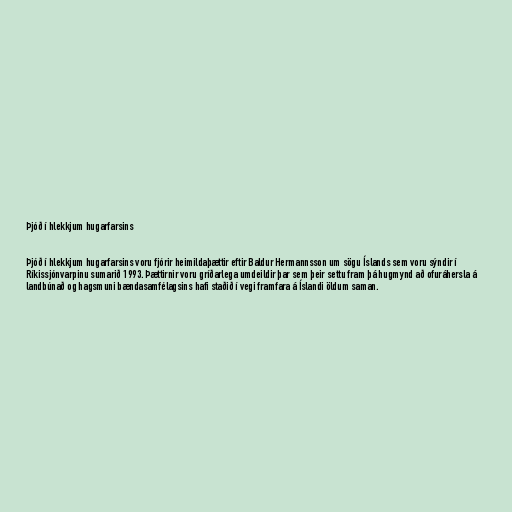
Þjóð í hlekkjum hugarfarsins

Þjóð í hlekkjum hugarfarsins voru fjórir heimildaþættir eftir Baldur Hermannsson um sögu Íslands sem voru sýndir í
Ríkissjónvarpinu sumarið 1993. Þættirnir voru gríðarlega umdeildir þar sem þeir settu fram þá hugmynd að ofuráhersla á
landbúnað og hagsmuni bændasamfélagsins hafi staðið í vegi framfara á Íslandi öldum saman.